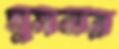
ঘুমবার